Lunatic asylums Punjab 1895-1910 - 1895-1910
Year: 1895
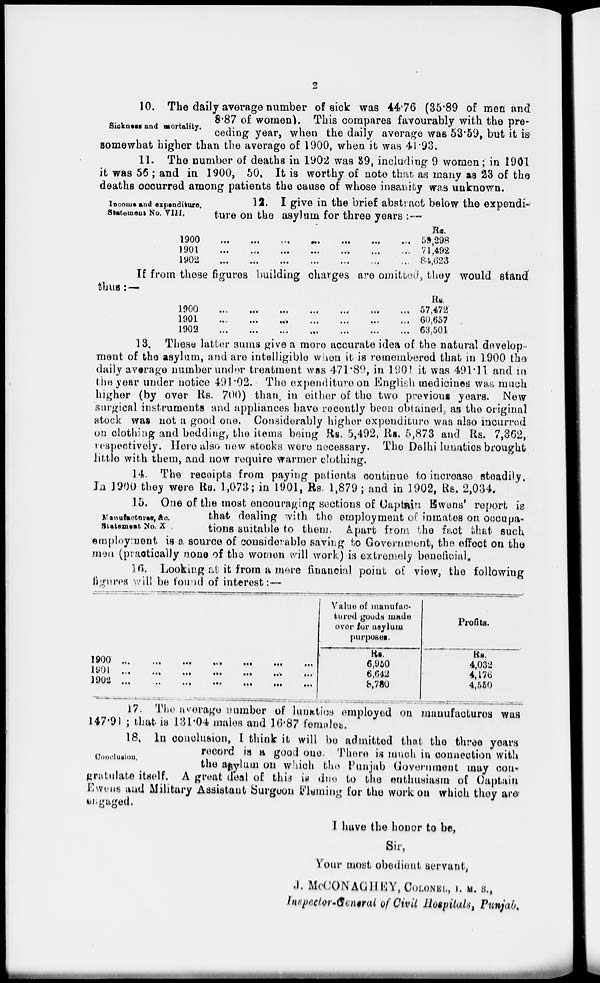
2
Sickness and mortality.
10. The daily average number of sick was 44.76 (35.89 of men and
8.87 of women). This compares favourably with the pre-
ceding year, when the daily average was 53.59, but it is
somewhat higher than the average of 1900, when it was 41.93.
11. The number of deaths in 1902 was 39, including 9 women; in 1901
it was 56 ; and in 1900, 50. It is worthy of note that as many as 23 of the
deaths occurred among patients the cause of whose insanity was unknown.
Income and expenditure.
Statement No. VIII.
12. I give in the brief abstract below the expendi-
ture on the asylum for three years :—
1900 ... ... ... ... ... ... ...
1901
...
...
...
...
...
...
...
1902 ... ... ... ... ... ... ...
Rs.
53,298
71,492
84,623
If from these figures building charges are omitted, they would stand
thus: —
1900
...
...
...
...
...
...
...
1901
...
...
...
...
...
...
...
1902 ... ... ... ... ... ... ...
Rs.
57,472
60,657
63,501
13. These latter sums give a more accurate idea of the natural develop-
ment of the asylum, and are intelligible when it is remembered that in 1900 the
daily average number under treatment was 471.89, in 1901 it was 491.11 and in
the year under notice 491.02. The expenditure on English medicines was much
higher (by over Rs. 700) than, in either of the two previous years. New
surgical instruments and appliances have recently been obtained, as the original
stock was not a good one. Considerably higher expenditure was also incurred
on clothing and bedding, the items being Rs. 5,492, Rs. 5,873 and Rs. 7,362,
respectively. Here also new stocks were necessary. The Delhi lunatics brought
little with them, and now require warmer clothing.
14. The receipts from paying patients continue to increase steadily.
In 1900 they were Rs. 1,073; in 1901, Rs. 1,879; and in 1902, Rs. 2,034.
Manufactures, &c.
Statement No. X
15. One of the most encouraging sections of Captain Ewens' report is
that dealing with the employment of inmates on occupa-
tions suitable to them. Apart from the fact that such
employment is a source of considerable saving to Government, the effect on the
men (practically none of the women will work) is extremely beneficial.
16. Looking at it from a mere financial point of view, the following
figures will be found of interest:—
1900 ... ... ... ... ... ... ...
1901 ... ... ... ... ... ... ...
1902 ... ... ... ... ... ... ...
Value of manufac-
tured goods made
over for asylum
purposes.
Rs.
6,950
6,642
8,780
Profits.
Rs.
4,032
4,176
4,550
Conclusion.
17. The average number of lunatics employed on manufactures was
147.91 ; that is 131.04 males and 16.87 females.
18. In conclusion, I think it will be admitted that the three years
record is a good one. There is much in connection with
the asylum on which the Punjab Government may con-
gratulate itself. A great deal of this is due to the enthusiasm of Captain
Ewens and Military Assistant Surgeon Fleming for the work on which they are
engaged.
I have the honor to be,
Sir,
Your most obedient servant,
J. McCONAGHEY, COLONEL, I. M. S.,
Inspector-General of Civil Hospitals, Punjab.